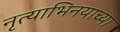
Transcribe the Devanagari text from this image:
नृत्याभिनयाच्या